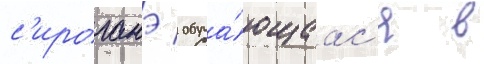
с'ироганэ / обуча́ющаас'я в